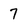
Character: 7